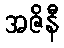
အဇိနီ